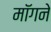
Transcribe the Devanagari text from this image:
मॉगने